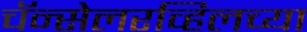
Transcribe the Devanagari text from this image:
चॅन्सेलरव्हिलच्या